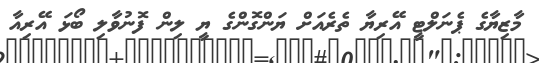
މާޒިޔާގެ ޕެނަލްޓީ އޭރިޔާ ތެރެއަށް ޔަންގޮންގެ ޔީ ލިން ފޮނުވާލި ބޯޅަ އޭރިއާ